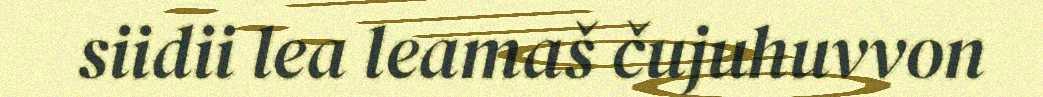
siidii lea leamaš čujuhuvvon